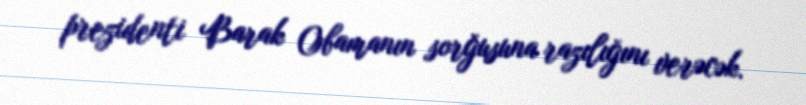
prezidenti Barak Obamanın sorğusuna razılığını verəcək.